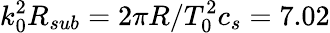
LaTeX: k_{0}^{2}R_{sub}=2\pi R/T_{0}^{2}c_{s}=7.02